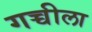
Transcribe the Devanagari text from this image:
गच्चीला